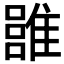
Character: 𩀏